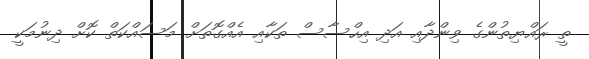
ތީ ރައްޔިތުންގެ ވިންދާއި އަދި އިހްސާސް ތަކާއި އެއްގޮތަށް މަސައްކަތް ކޮށް ދިނުމަކީ